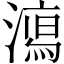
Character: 𣿱